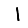
Digit: 1